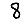
Digit: 8